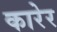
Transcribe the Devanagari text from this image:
कारेर